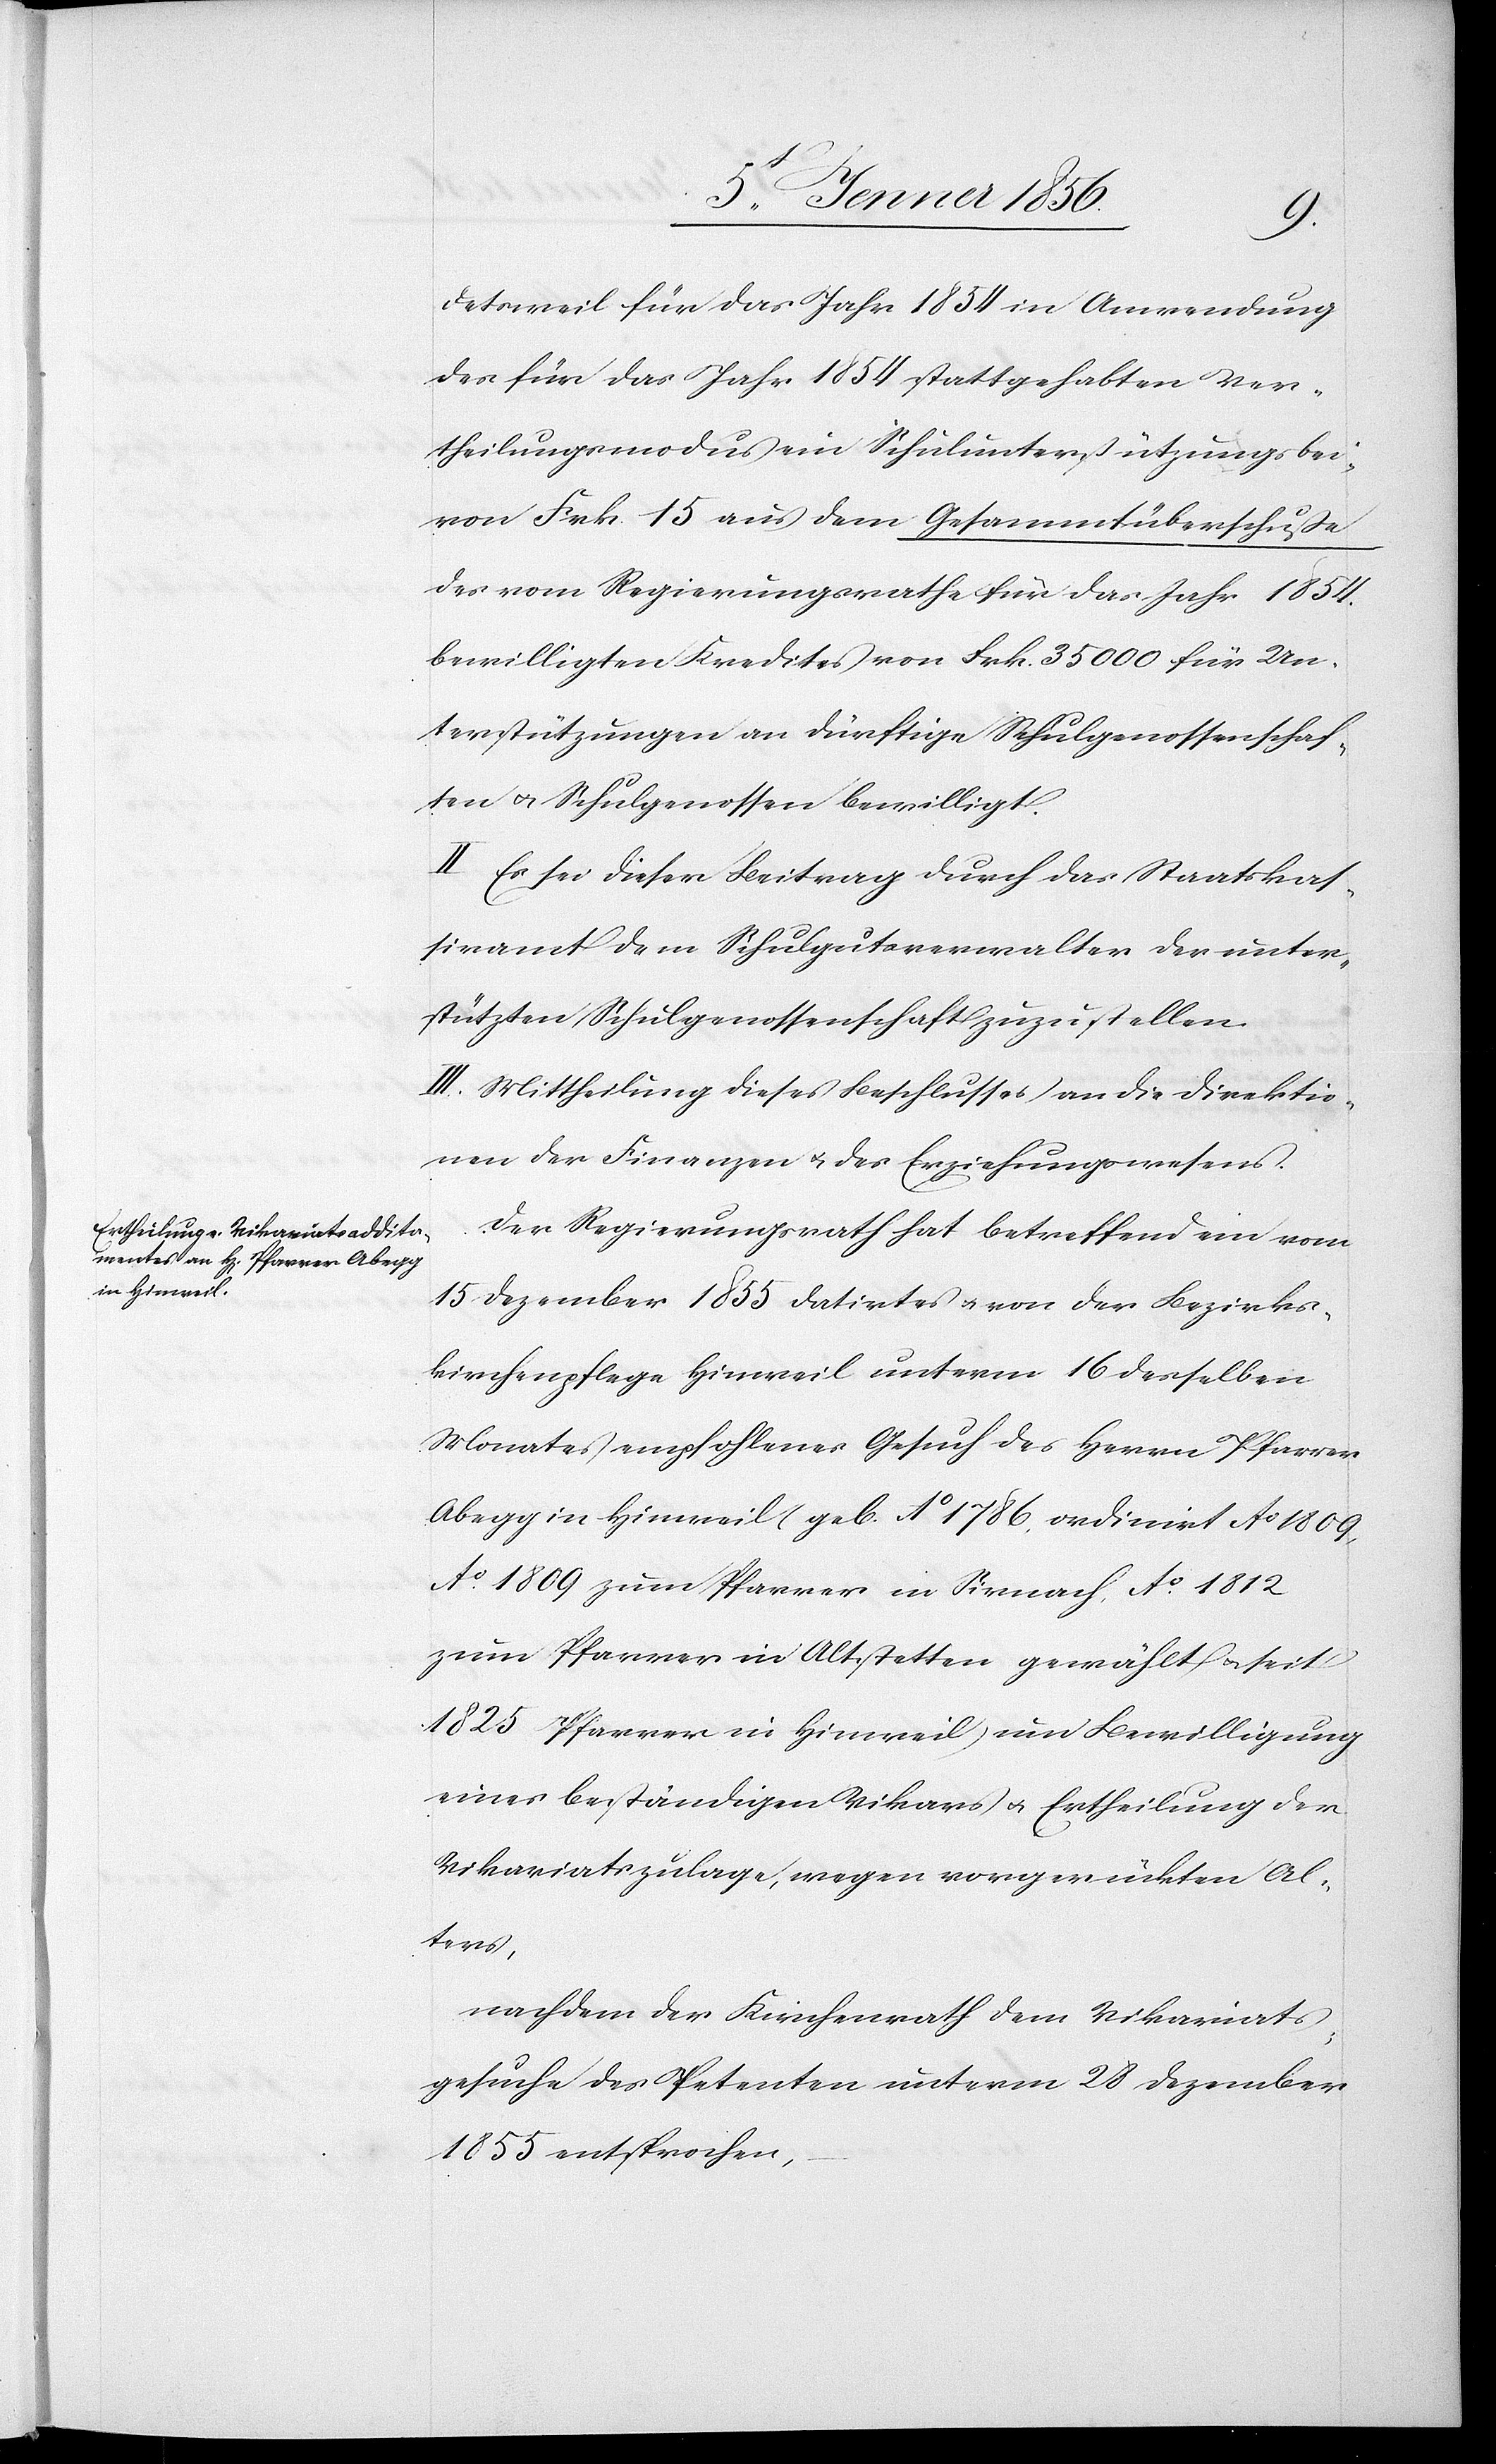
detsweil für das Jahr 1854 in Anwendung
des für das Jahr 1854 stattgehabten Ver¬
theilungsmodus ein Schulunterstützungsbe¬
von Frk. 15 aus dem Gesammtüberschuße
des vom Regierungsrathe für das Jahr 1854.
bewilligten Kredites von Frk. 35 000 für Un¬
terstützungen an dürftige Schulgenossenschaf¬
ten u. Schulgenossen bewilligt.
II. Es sei dieser Beitrag durch das Staatskas¬
siramt dem Schulgutsverwalter der unter¬
stützten Schulgenossenschaft zuzustellen.
III. Mittheilung dieses Beschlusses an die Direktio¬
nen der Finanzen u. des Erziehungswesens.
Der Regierungsrath hat betreffend ein vom
15 Dezember 1855 datirtes u. von der Bezirks¬
kirchenpflege Hinweil unterm 16 desselben
Monates empfohlenes Gesuch des Herrn Pfarrer
Abegg in Hinweil geb. Ao 1786. ordiniert Ao 1809,
Ao. 1809 zum Pfarrer in Sirnach, Ao. 1812
zum Pfarrer in Altstetten gewählt u. seit
1825 Pfarrer in Hinweil, um Bewilligung
eines beständigen Vikars u. Ertheilung der
Vikariatszulage, wegen vorgerückten Al¬
ters,
nachdem der Kirchenrath dem Vikariats¬
gesuche des Petenten unterm 28 Dezember
1855 entsprochen,